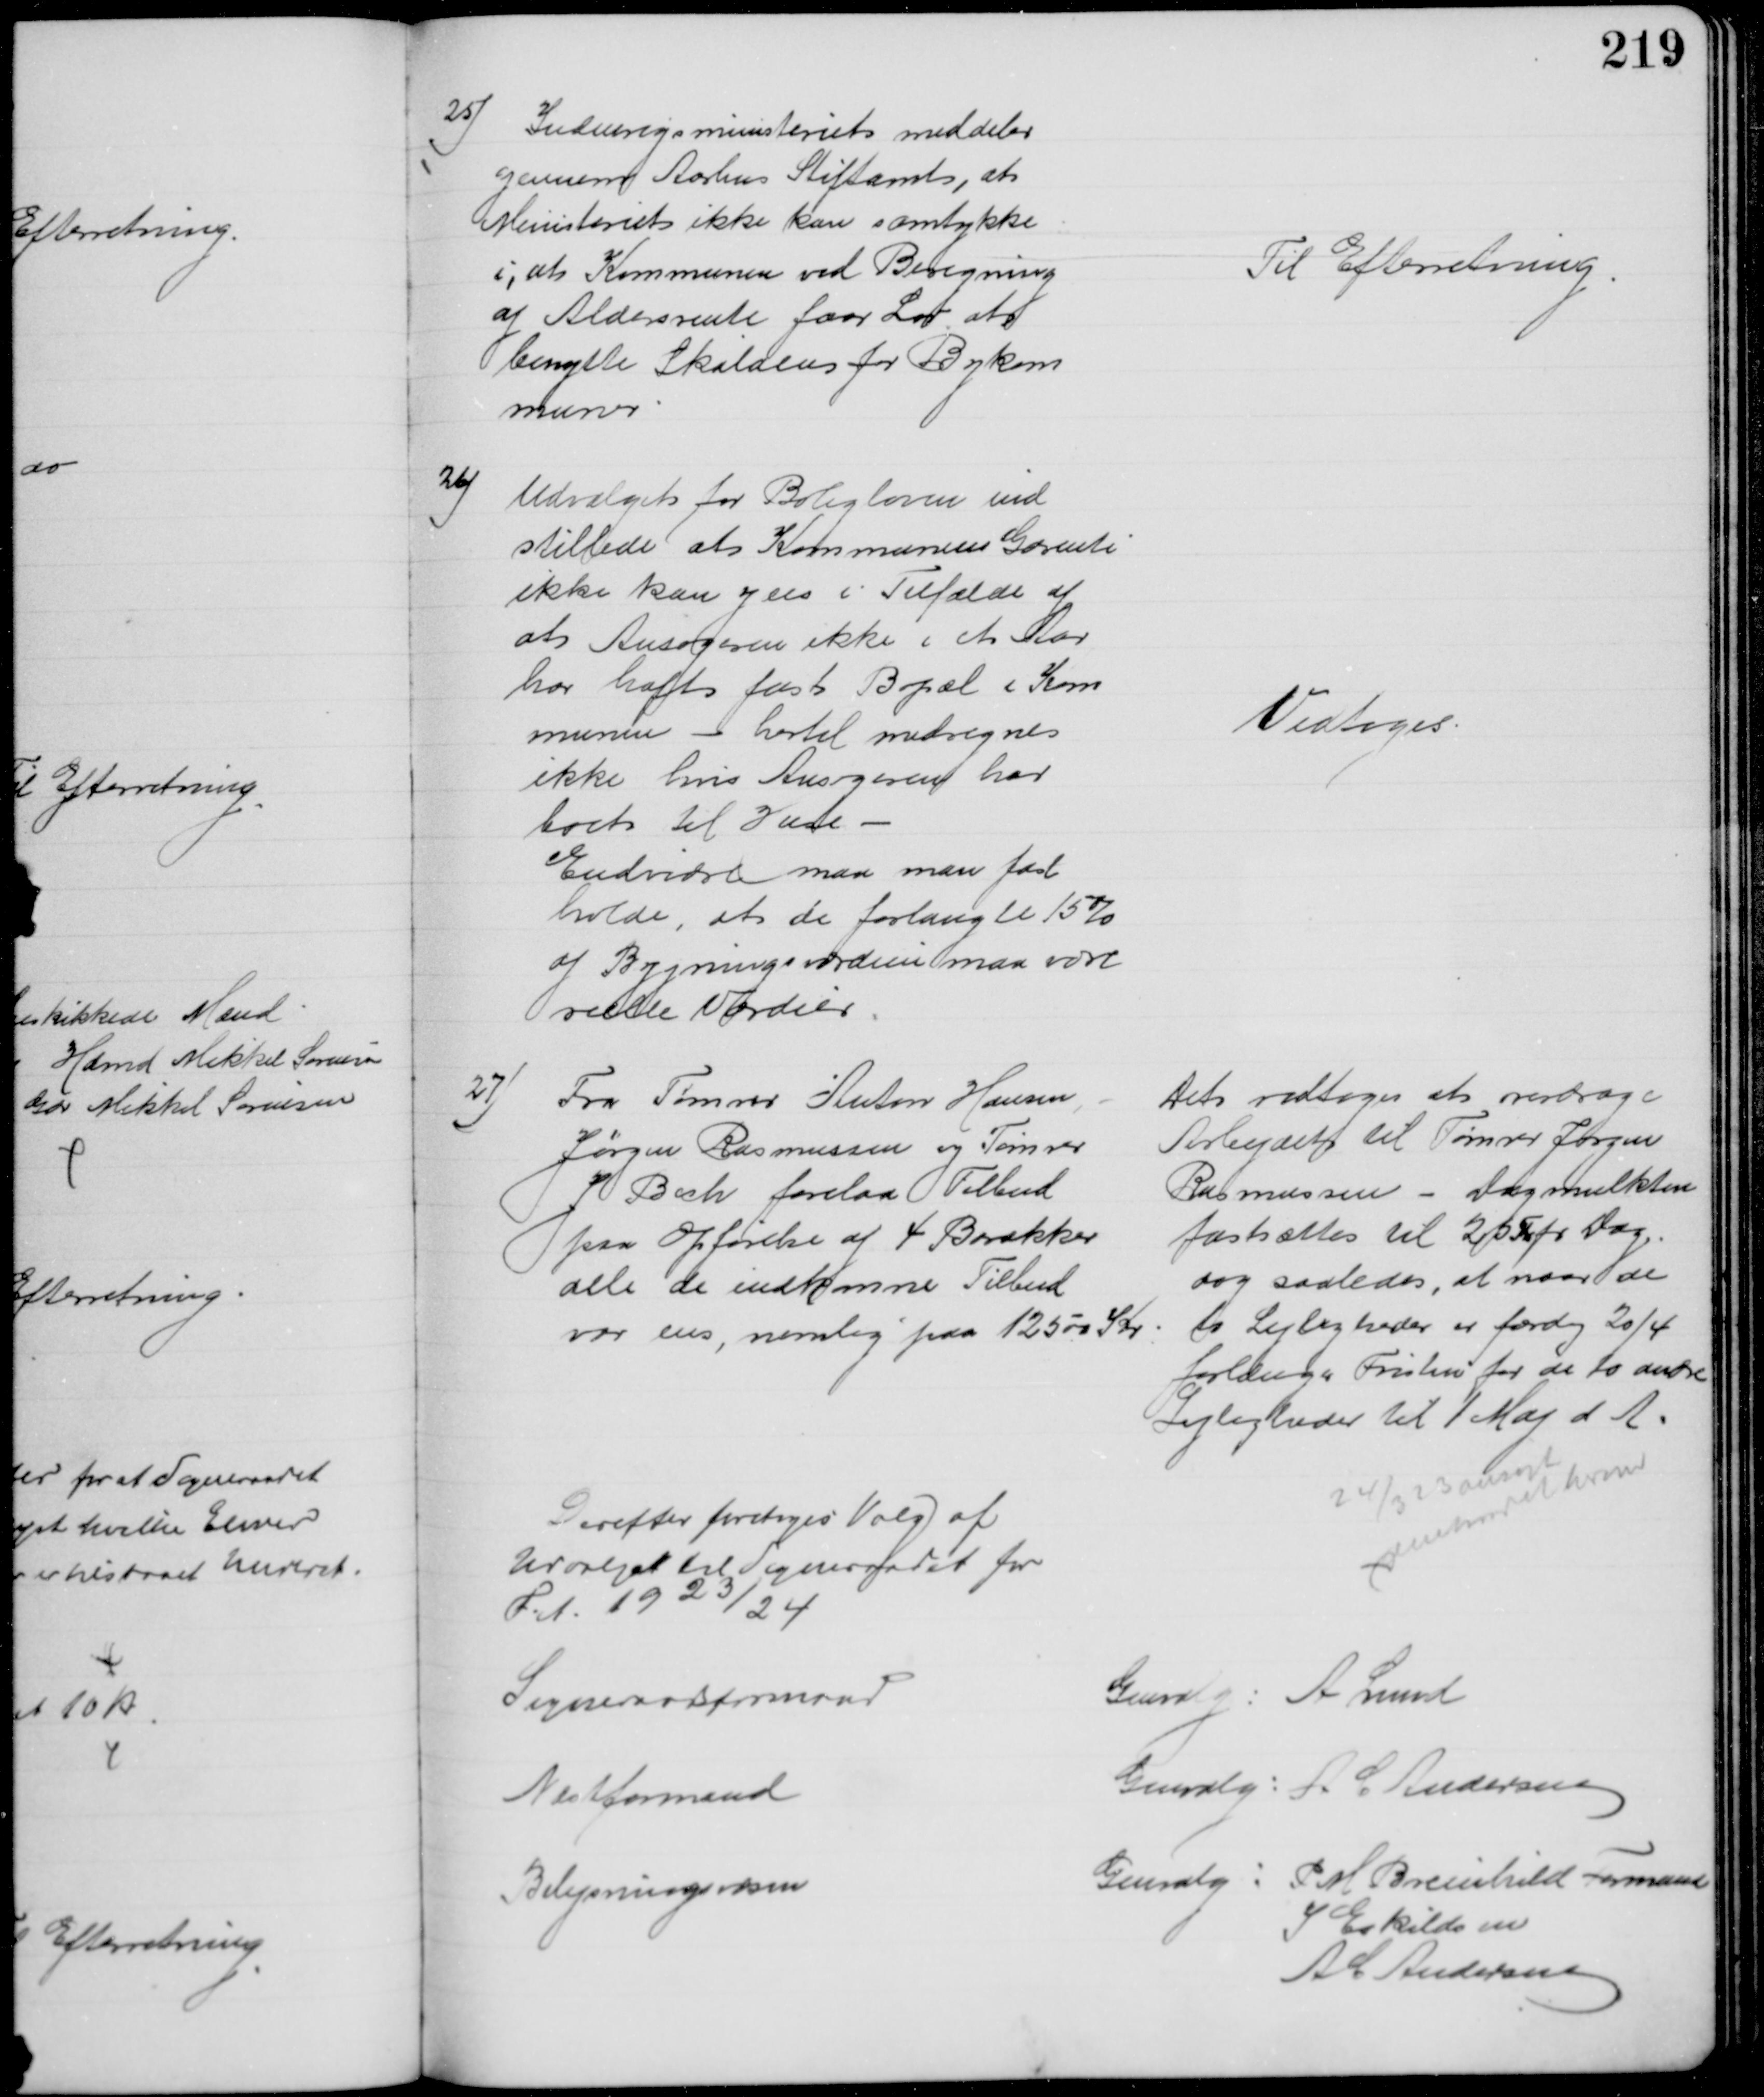
Transskription:
25)
Indenrigsministeriet meddeler 
gennem Aarhus Stiftamt, at 
Ministeriet ikke kan samtykke
i, at Kommunen ved Beregning
af Aldersrente faar Lov at 
benytte Skalaen for Bykom
muner
Til Efterretning
26)
Udvalget for Boligloven ind
stillede at Kommunens Garenti
ikke kan ydes i Tilfælde af
at Ansøgeren ikke i et Aar
har haft fast Bopæl i Kom
munen - hertil medregnes
ikke hvis Ansøgeren har
boet til Huse 
Endvidre maa man fast
holde, at de forlangte 15%
af Bygningsværdien maa være
reelle Værdier
Vedtoges
27)
Fra Tømrer Anton Hansen
Jørgen Rasmussen og Tømrer
J Bech forelaa Tilbud
paa Opførelse af 4 Barakker
alle de indkomne Tilbud
var ens, nemlig paa 12500 Kr
Det vedtoges at overdrage 
Arbejdet til Tømrer Jørgen
Rasmussen - Dagmulkten
fastsættes til 25 F pr Dag
dog saaledes, at naar de 
to Lejligheder er færdig 20/4
forlænges Fristen for de to andre
Lejligheder til 1 Maj d. A.
24/3 ansøgt
Amtsraadet herom
Derefter foretoges Valg af
Udvalget til Sogneraadet for
F.A. 1923/24
Sogneraadsformand
Genvalg: A. Lund
Næstformand
Genvalg: A C Andersen
Belysningsvæsen
Genvalg: P. M. Breinhild Formand
I Eskildsen
A C Andersen